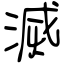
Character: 滅